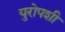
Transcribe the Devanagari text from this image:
युरोपशी